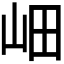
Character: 𡶚